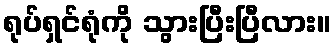
ရုပ်ရှင်ရုံကို သွားပြီးပြီလား။